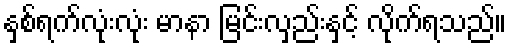
နှစ်ရက်လုံးလုံး မာနာ မြင်းလှည်းနှင့် လိုက်ရသည်။